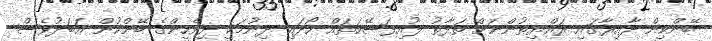
ބޭންކިން ދާއިރާގައި ރައްޔިތުންނަށް ތަފާތު ލުއިފަސޭހަތައް ހޯދައި ދިނުމަކީ ދިވެހީންގެ ބޭންކުން އަބަދުވެސް